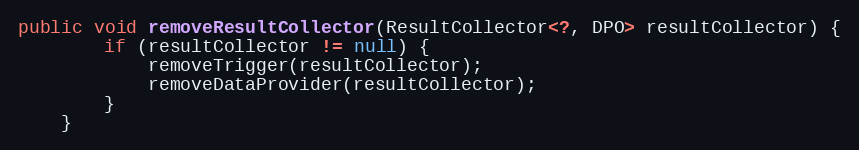
Language: Java
public void removeResultCollector(ResultCollector<?, DPO> resultCollector) {
        if (resultCollector != null) {
            removeTrigger(resultCollector);
            removeDataProvider(resultCollector);
        }
    }